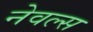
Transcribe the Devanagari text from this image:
नेवल्स